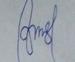
Signature authenticity: forged